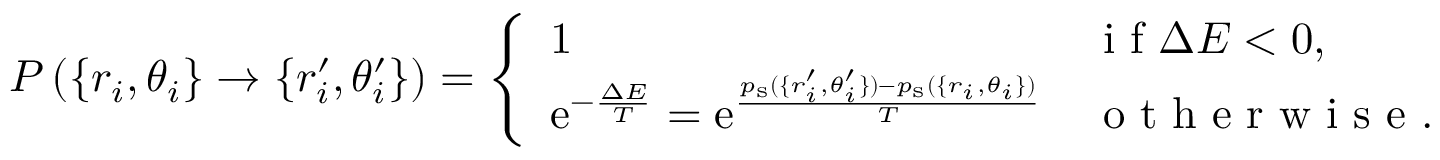
P \left( \{ r _ { i } , \theta _ { i } \} \rightarrow \{ r _ { i } ^ { \prime } , \theta _ { i } ^ { \prime } \} \right) = \left\lbrace \begin{array} { l l } { 1 } & { \mathrm { ~ i ~ f ~ } \Delta E < 0 , } \\ { { \mathrm e } ^ { - \frac { \Delta E } { T } } = { \mathrm e } ^ { \frac { p _ { \mathrm { s } } ( \{ r _ { i } ^ { \prime } , \theta _ { i } ^ { \prime } \} ) - p _ { \mathrm { s } } ( \{ r _ { i } , \theta _ { i } \} ) } { T } } } & { \mathrm { ~ o ~ t ~ h ~ e ~ r ~ w ~ i ~ s ~ e ~ . ~ } } \end{array} \right.